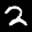
Label: 2